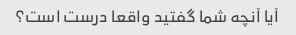
آیا آنچه شما گفتید واقعا درست است؟